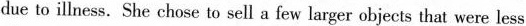
due to illness. She chose to sell a few larger objects that were less